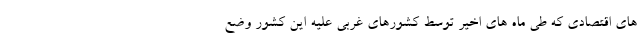
های اقتصادی که طی ماه های اخیر توسط کشورهای غربی علیه این کشور وضع